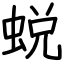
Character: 蜕